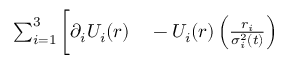
\begin{array} { r l } { \sum _ { i = 1 } ^ { 3 } \bigg [ \partial _ { i } U _ { i } ( \boldsymbol { r } ) } & { { } - U _ { i } ( \boldsymbol { r } ) \left( \frac { r _ { i } } { \sigma _ { i } ^ { 2 } ( t ) } \right) } \end{array}